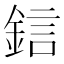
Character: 𨦼